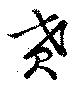
賁